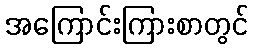
အကြောင်းကြားစာတွင်